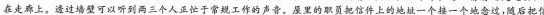
在走廊上。透过墙壁可以听到两三个人正忙于常规工作的声音。屋里的职员把信件上的地址一个接一个地念过，随后把信